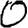
Digit: 0